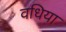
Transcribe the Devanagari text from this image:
वधिया